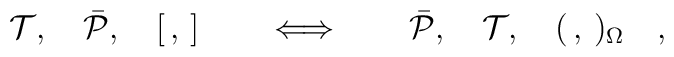
{\cal T},\quad \bar{\cal P},\quad [\,,\,]\quad\quad\Longleftrightarrow\quad\quad\bar{\cal P},\quad{\cal T},\quad(\,,\,)_\Omega\quad,